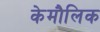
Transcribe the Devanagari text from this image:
केमौलिक